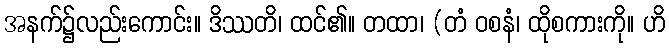
အနက်၌လည်းကောင်း။ ဒိဿတိ၊ ထင်၏။ တထာ၊ (တံ ဝစနံ၊ ထိုစကားကို။ ဟိ